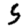
Digit: 5